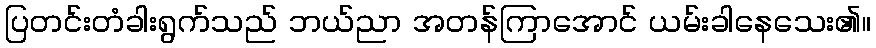
ပြတင်းတံခါးရွက်သည် ဘယ်ညာ အတန်ကြာအောင် ယမ်းခါနေသေး၏။